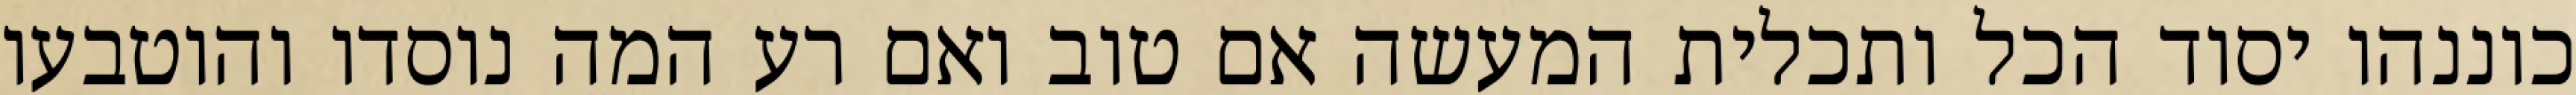
כוננהו יסוד הכל ותכלית המעשה אם טוב ואם רע המה נוסדו והוטבעו